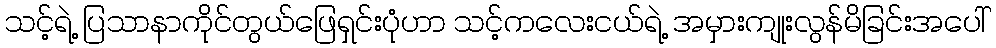
သင့်ရဲ့ ပြသာနာကိုင်တွယ်ဖြေရှင်းပုံဟာ သင့်ကလေးငယ်ရဲ့ အမှားကျုးလွန်မိခြင်းအပေါ်